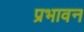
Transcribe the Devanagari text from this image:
प्रभावन